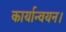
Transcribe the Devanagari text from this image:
कार्यान्‍वयन।